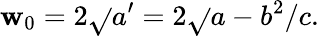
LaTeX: \mathbf{w}_{0}=2\sqrt{}{{a^{\prime}}}=2\sqrt{}{{a-b^{2}/c}}.